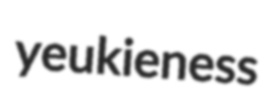
yeukieness